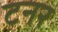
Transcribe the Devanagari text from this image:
टनर